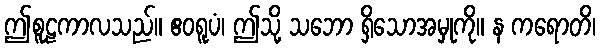
ဤစူဠကာလသည်။ ဧဝရူပံ၊ ဤသို့ သဘော ရှိသောအမှုကို။ န ကရောတိ၊